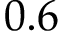
0 . 6